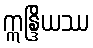
ဣန္ဒြိယဿ